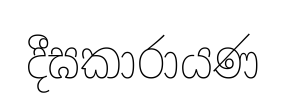
දීඝකාරායණ